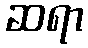
ဆရာ